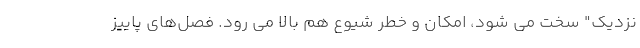
نزدیک" سخت می شود، امکان و خطر شیوع هم بالا می رود. فصل‌های پاییز